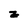
Character: z